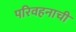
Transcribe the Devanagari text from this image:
परिवहनाची